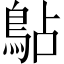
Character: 𫚳